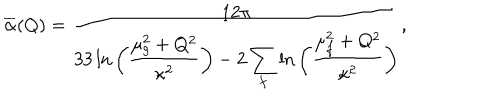
\overline { { \alpha } } ( Q ) = { \frac { 1 2 \pi } { \displaystyle 3 3 \ln { \bigg ( { \frac { \mu _ { g } ^ { 2 } + Q ^ { 2 } } { \kappa ^ { 2 } } } \bigg ) } - 2 \sum _ { f } \ln { \bigg ( { \frac { \mu _ { f } ^ { 2 } + Q ^ { 2 } } { \kappa ^ { 2 } } } \bigg ) } } } ,